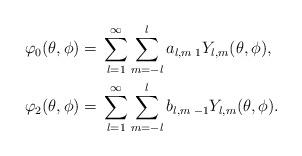
LaTeX: \begin{align*}\varphi_{0}(\theta,\phi)={}&\sum_{l=1}^\infty\sum_{m=-l}^{l} a_{l,m}\thinspace {}_1 Y_{l,m}(\theta,\phi), \\\varphi_{2}(\theta,\phi)={}&\sum_{l=1}^\infty\sum_{m=-l}^{l} b_{l,m}\thinspace {}_{-1} Y_{l,m}(\theta,\phi). \end{align*}